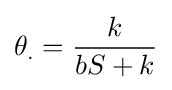
\theta _{.}={\frac {k}{bS+k}}